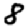
Digit: 8